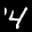
Label: 4